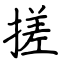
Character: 搓